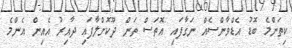
ކިތަންމެ ބޮޑު އެޑްވާންސެއް ނަގާފައި އޮތަސް ތަން ދޫކޮށްލާފައި ދާއިރު އެއިން އެންމެ